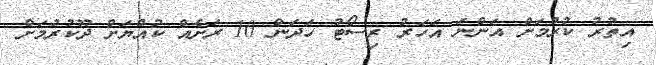
އިތުރު ކުރުމަށް އަންނަ އަހަރު ރިސޯޓު ހަދަން 10 ރަށެއް ކުއްޔަށް ދޫކުރުމަށް